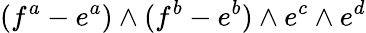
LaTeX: (f^{a}-e^{a})\wedge(f^{b}-e^{b})\wedge e^{c}\wedge e^{d}